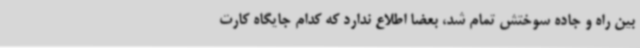
بین راه و جاده سوختش تمام شد، بعضا اطلاع ندارد که کدام جایگاه کارت